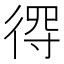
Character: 𢔨